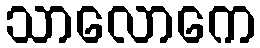
သာလောကေ